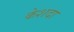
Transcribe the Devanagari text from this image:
केशदा